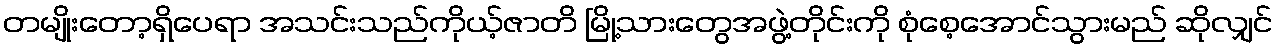
တမျိုးတော့ရှိပေရာ အသင်းသည်ကိုယ့်ဇာတိ မြို့သားတွေအဖွဲ့တိုင်းကို စုံစေ့အောင်သွားမည် ဆိုလျှင်